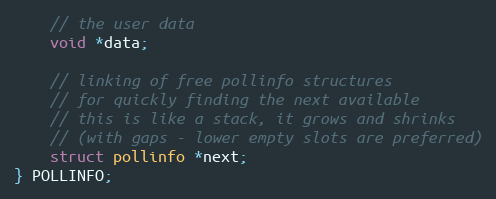
Language: C
    // the user data
    void *data;

    // linking of free pollinfo structures
    // for quickly finding the next available
    // this is like a stack, it grows and shrinks
    // (with gaps - lower empty slots are preferred)
    struct pollinfo *next;
} POLLINFO;